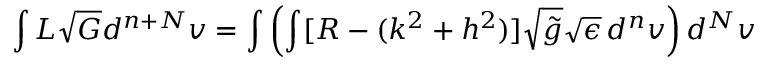
\int { \cal L } \sqrt { \cal G } d ^ { n + N } v = \int \left( \int [ R - ( k ^ { 2 } + h ^ { 2 } ) ] \sqrt { \tilde { g } } \sqrt { \epsilon } \, d ^ { n } v \right) d ^ { N } v